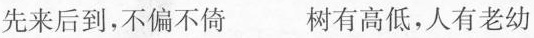
先来后到，不偏不倚 树有高低，人有老幼